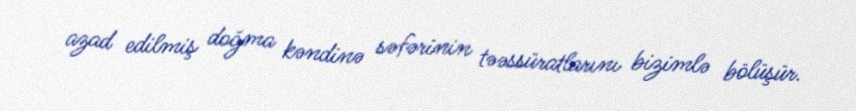
azad edilmiş doğma kəndinə səfərinin təəssüratlarını bizimlə bölüşür.